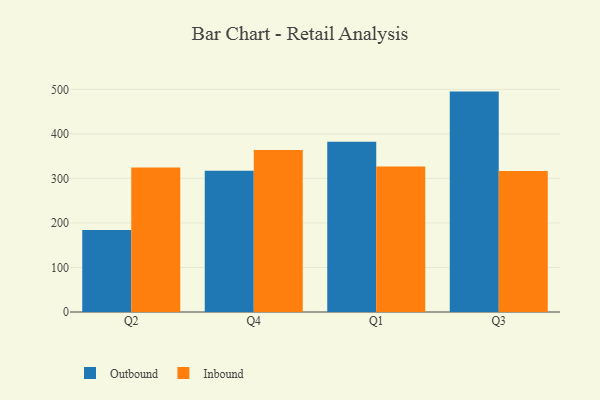
{"axis": {"x": "Quarter", "y": "Conversion Rate (%)"}, "legend": ["Inbound", "Outbound"], "data": [{"x": "Q2", "y": 183.9, "type": "Outbound"}, {"x": "Q2", "y": 324.3, "type": "Inbound"}, {"x": "Q4", "y": 317.5, "type": "Outbound"}, {"x": "Q4", "y": 363.9, "type": "Inbound"}, {"x": "Q1", "y": 382.3, "type": "Outbound"}, {"x": "Q1", "y": 326.8, "type": "Inbound"}, {"x": "Q3", "y": 495.0, "type": "Outbound"}, {"x": "Q3", "y": 316.4, "type": "Inbound"}]}